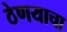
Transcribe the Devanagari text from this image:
ठेणयाचा